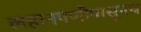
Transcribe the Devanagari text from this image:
लहानपणीपासूनच